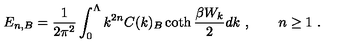
E _ { n , B } = \frac 1 { 2 \pi ^ { 2 } } \int _ { 0 } ^ { \Lambda } k ^ { 2 n } C ( k ) _ { B } \coth \frac { \beta W _ { k } } 2 d k \ , \qquad n \ge 1 \ .